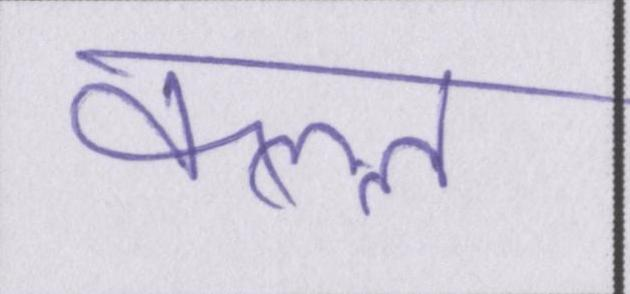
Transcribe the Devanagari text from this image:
कत्ल